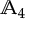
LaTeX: \mathbb { A } _ { 4 }